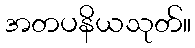
အတပနိယသုတ်။